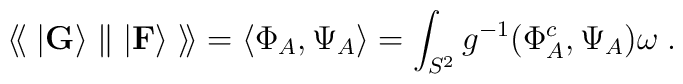
\langle\!\langle\;\vert {\bf G}\rangle\parallel \vert {\bf F}\rangle\;\rangle\!\rangle=\langle\Phi_A,\Psi_A\rangle=\int_{S^2}g^{-1}(\Phi_A^c,\Psi_A)\omega\;.